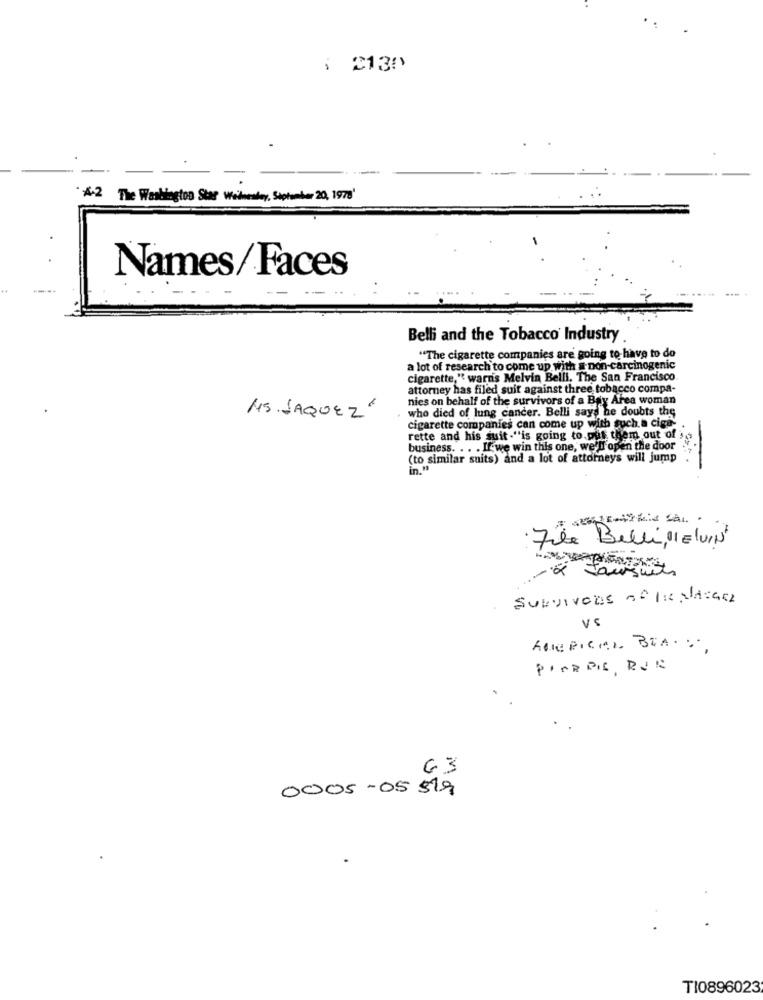
: 2130
4-2 The Washington Star Wednesday, September 20, 1978"
Names/Faces
Belli and the Tobacco Industry
"The cigarette companies are going to have to do
a lot of research to come up with a non-carcinogenic
cigarette," warn's Melvin Belli, The San Francisco
attorney has filed suit against three tobacco compa-
nies on behalf of the survivors of a Bay Area woman
who died of lung cancer. Belli says he doubts the
HS.JAQUEZ
cigarette companies can come up with such a cige'
rette and his suit."is going to put them out of )
ss. .. . If we win this one, we'll open the door
(to similar suits) and a lot of attorneys will jump
in #
File Belli, 11 ELVIN
à Joursuits
Survivors of his alazacz
Vs
huepica BIA ....
PIORPL RUR
63
0005-05519
TI0896023